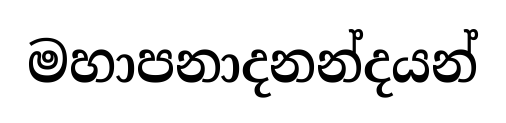
මහාපනාදනන්දයන්